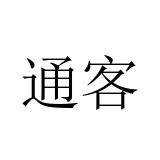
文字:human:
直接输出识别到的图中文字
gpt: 通客